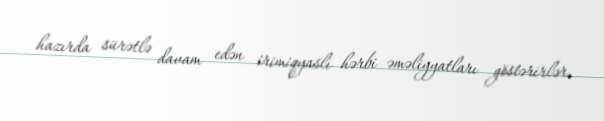
hazırda sürətlə davam edən irimiqyaslı hərbi əməliyyatları göstərirlər.